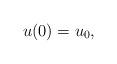
LaTeX: \begin{align*}u(0)=u_0,\end{align*}